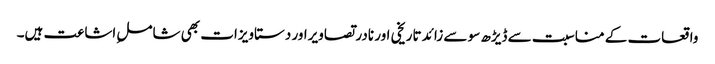
واقعات کے مناسبت سے ڈیڑھ سو سے زائد تاریخی اور نادر تصاویراور دستاویزات بھی شاملِ اشاعت ہیں۔